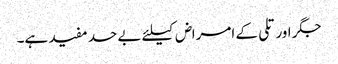
جگر اور تلی کے امراض کیلئے بے حد مفید ہے۔